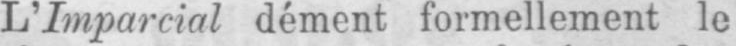
L’Imparcial dément formellement le